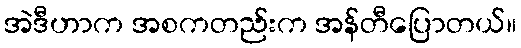
အဲဒီဟာက အစကတည်းက အန်တီပြောတယ်။